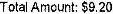
TOTAL AMOUNT: $9.20